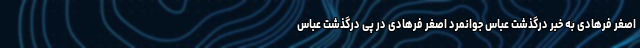
اصغر فرهادی به خبر درگذشت عباس جوانمرد اصغر فرهادی در پی درگذشت عباس